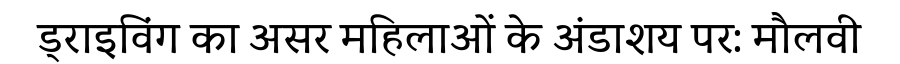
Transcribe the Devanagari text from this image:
ड्राइविंग का असर महिलाओं के अंडाशय पर: मौलवी